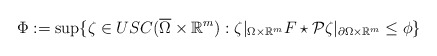
\begin{align*}\Phi:= \sup \{ \zeta \in USC(\overline{\Omega} \times \mathbb R^m): \zeta|_{\Omega\times \mathbb R^m} F\star\mathcal P\zeta|_{\partial \Omega\times \mathbb R^m} \le \phi \}\end{align*}